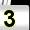
Digit: 3